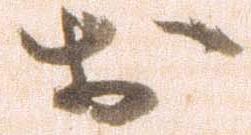
於